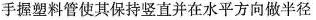
手握塑料管使其保持竖直并在水平方向做半径